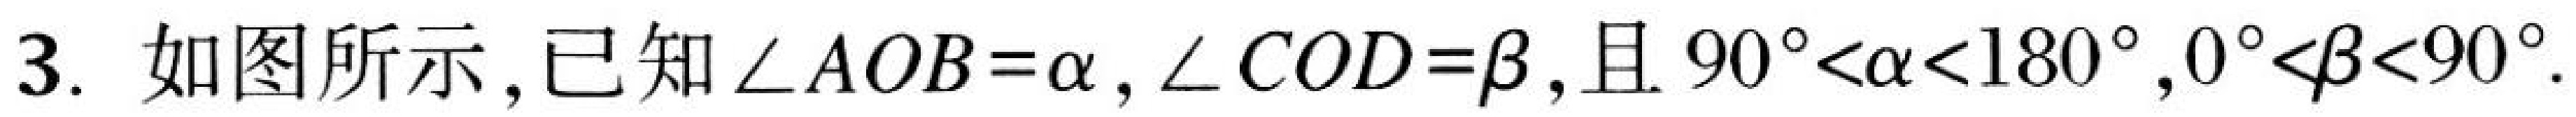
3. 如图所示,已知\(\angle AOB = \alpha,\angle COD=\beta\),且\(90^{\circ}<\alpha<180^{\circ},0^{\circ}<\beta<90^{\circ}\).